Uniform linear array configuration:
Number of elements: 8
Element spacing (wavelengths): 1
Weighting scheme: hann
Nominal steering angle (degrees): -60
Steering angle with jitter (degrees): -59.073
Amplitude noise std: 0.05
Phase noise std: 0.05

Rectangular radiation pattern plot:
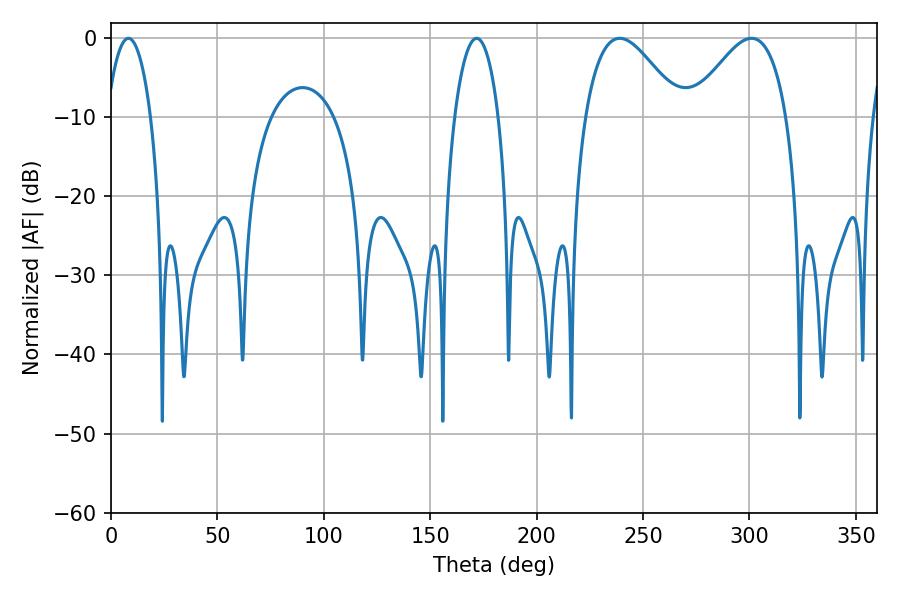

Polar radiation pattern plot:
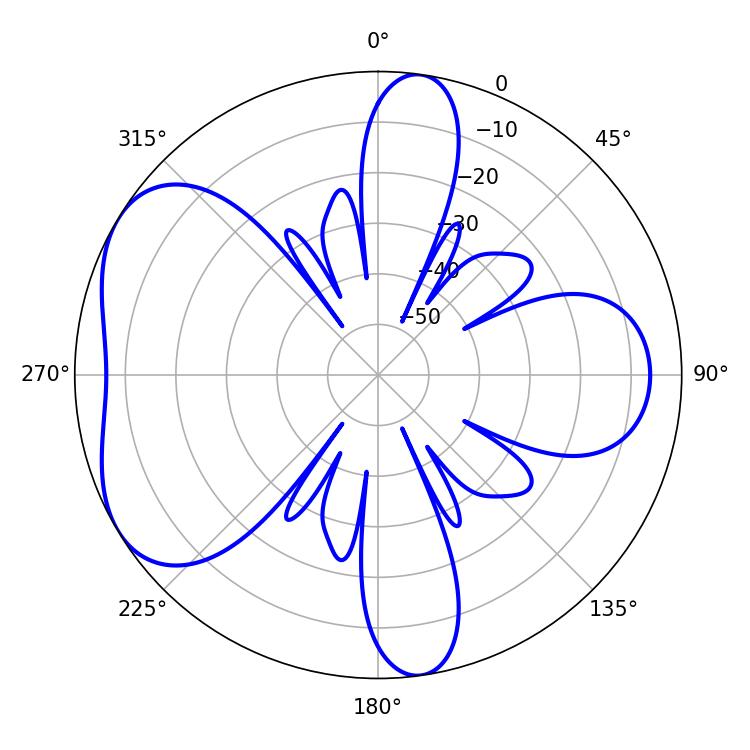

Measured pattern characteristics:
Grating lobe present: TRUE
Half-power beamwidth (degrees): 24.3
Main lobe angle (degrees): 239.04